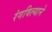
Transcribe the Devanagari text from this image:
रंगविल्याने